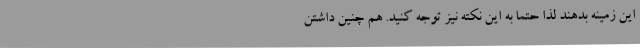
این زمینه بدهند لذا حتما به این نکته نیز توجه کنید. هم چنین داشتن